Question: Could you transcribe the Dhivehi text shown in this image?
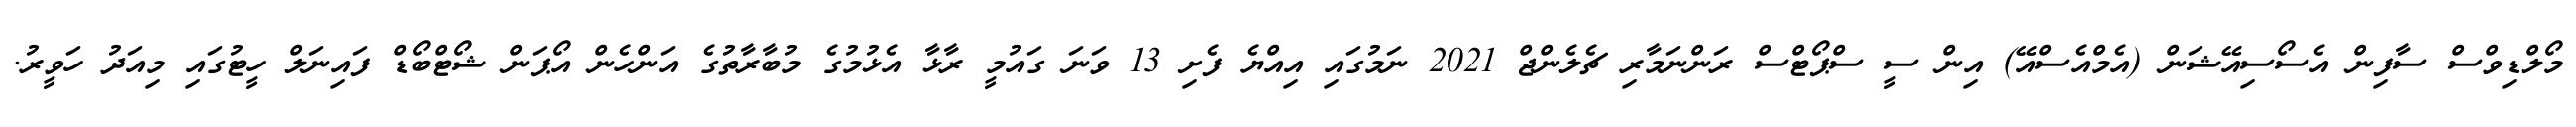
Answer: މޯލްޑިވްސް ސާފިން އެސޯސިއޭޝަން (އެމްއެސްއޭ) އިން ސީ ސްޕޯޓްސް ރަންނަމާރި ޗެލެންޖް 2021 ނަމުގައި އިއްޔެ ފެށި 13 ވަނަ ގައުމީ ރާޅާ އެޅުމުގެ މުބާރާތުގެ އަންހެން އޯޕަން ޝޯޓްބޯޑް ފައިނަލް ހީޓުގައި މިއަދު ހަވީރު.